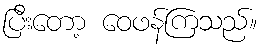
ပြီးတော့ ဝေဖန်ကြသည်။